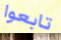
تابعوا